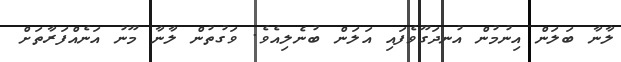
ލާނާ ބަލަން އިނުމުން އުނދަގޫވެފައި އަލަން ބުނެލިއެވެ. ވަގުތުން ލާނާ މޫނު އަނެއްފަރާތަށް